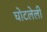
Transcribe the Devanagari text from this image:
घोटलेली